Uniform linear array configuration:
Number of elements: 16
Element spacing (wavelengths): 0.25
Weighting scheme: hamming
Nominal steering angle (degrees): -15
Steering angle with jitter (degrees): -13.78
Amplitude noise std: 0.05
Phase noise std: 0.05

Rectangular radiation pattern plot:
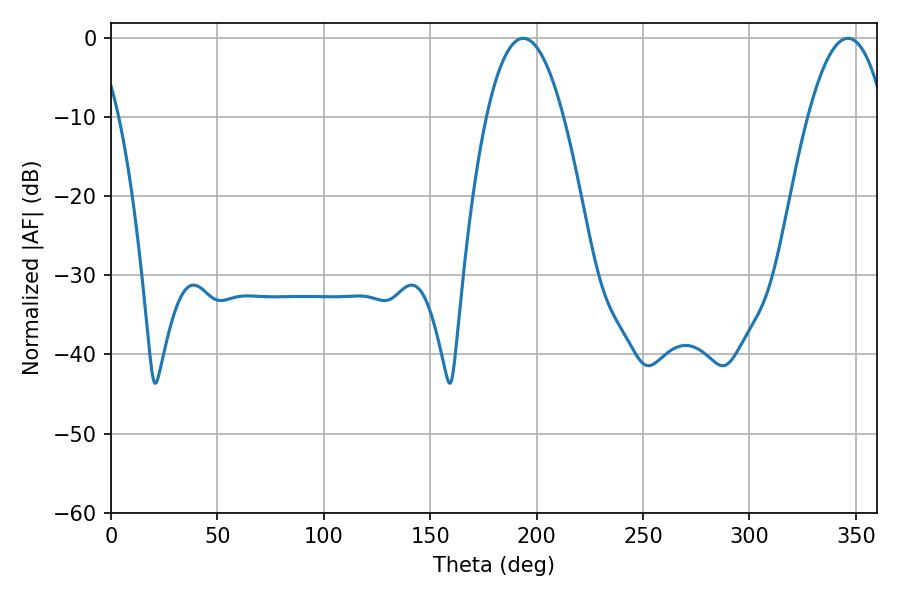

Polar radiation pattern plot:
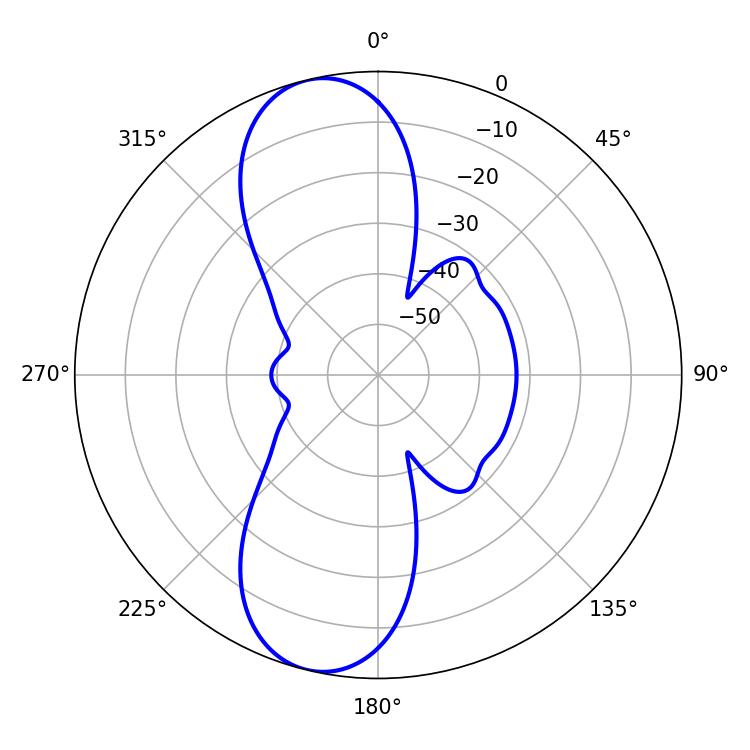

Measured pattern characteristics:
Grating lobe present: FALSE
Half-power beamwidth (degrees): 19.98
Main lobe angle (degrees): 193.68